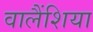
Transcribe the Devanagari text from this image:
वालैंशिया